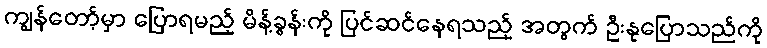
ကျွန်တော့်မှာ ပြောရမည့် မိန့်ခွန်းကို ပြင်ဆင်နေရသည့် အတွက် ဦးနုပြောသည်ကို